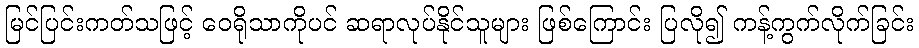
မြင်ပြင်းကတ်သဖြင့် ဝေရိုသာကိုပင် ဆရာလုပ်နိုင်သူများ ဖြစ်ကြောင်း ပြလို၍ ကန့်ကွက်လိုက်ခြင်း